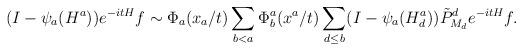
LaTeX: \begin{align*}\begin{aligned}(I-\psi_a(H^a))e^{-itH}f\sim \Phi_a(x_a/t)\sum_{b<a}\Phi_b^a(x^a/t)\sum_{d\le b}(I-\psi_a(H^a_d))\tilde P^d_{M_d}e^{-itH}f.\end{aligned}\end{align*}